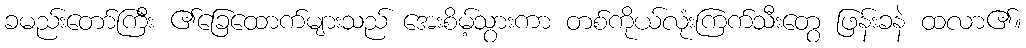
ခမည်းတော်ကြီး ၏ခြေထောက်များသည် အေးစိမ့်သွားကာ တစ်ကိုယ်လုံးကြက်သီးတွေ ဖြန်းခနဲ ထလာ၏။